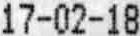
17-02-18